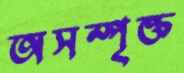
অসম্পৃক্ত